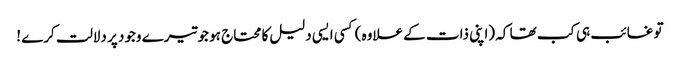
تو غائب ہی کب تھا کہ (اپنی ذات کے علاوہ) کسی ایسی دلیل کا محتاج ہو جو تیرے وجود پر دلالت کرے !